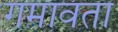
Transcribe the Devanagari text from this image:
गमावता